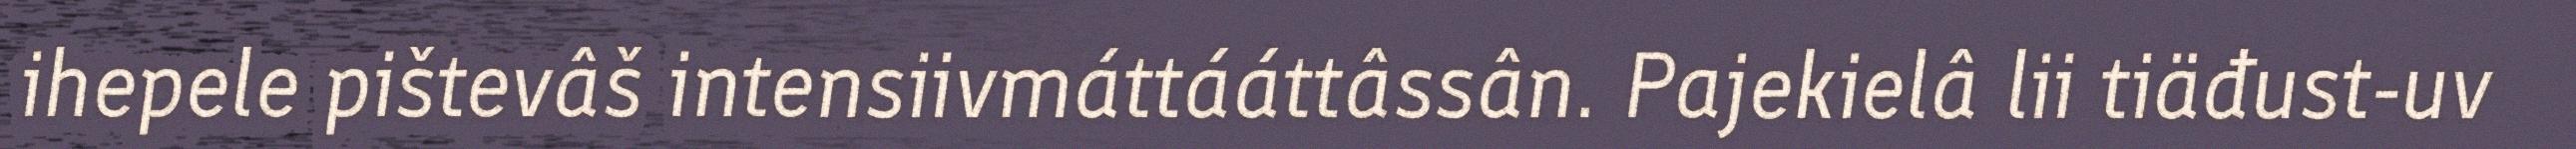
ihepele pištevâš intensiivmáttááttâssân. Pajekielâ lii tiäđust-uv